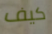
كيف